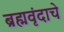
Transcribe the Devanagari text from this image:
ब्रह्मवृंदाचे